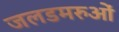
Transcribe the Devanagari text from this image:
जलडमरुओं